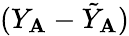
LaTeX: (Y_{\mathbf{A}}-\tilde{{Y}}_{\mathbf{A}})